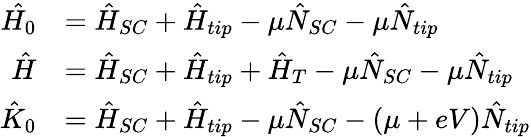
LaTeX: \begin{array}{rl}{\hat{H_{0}}}&{=\hat{H}_{SC}+\hat{H}_{tip}-\mu\hat{N}_{SC}-\mu\hat{N}_{tip}}\\ {\hat{H}}&{=\hat{H}_{SC}+\hat{H}_{tip}+\hat{H}_{T}-\mu\hat{N}_{SC}-\mu\hat{N}_{tip}}\\ {\hat{K}_{0}}&{=\hat{H}_{SC}+\hat{H}_{tip}-\mu\hat{N}_{SC}-(\mu+eV)\hat{N}_{tip}}\end{array}